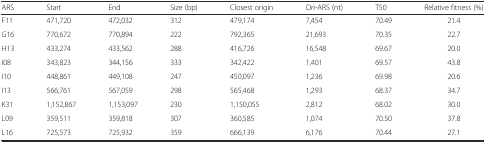
<table><thead><tr><td><b>ARS</b></td><td><b>Start</b></td><td><b>End</b></td><td><b>Size (bp)</b></td><td><b>Closest origin</b></td><td><b>Ori-ARS (nt)</b></td><td><b>T50</b></td><td><b>Relative fitness (%)</b></td></tr></thead><tbody><tr><td>F11</td><td>471,720</td><td>472,032</td><td>312</td><td>479,174</td><td>7,454</td><td>70.49</td><td>21.4</td></tr><tr><td>G16</td><td>770,672</td><td>770,894</td><td>222</td><td>792,365</td><td>21,693</td><td>70.35</td><td>22.7</td></tr><tr><td>H13</td><td>433,274</td><td>433,562</td><td>288</td><td>416,726</td><td>16,548</td><td>69.67</td><td>20.0</td></tr><tr><td>I08</td><td>343,823</td><td>344,156</td><td>333</td><td>342,422</td><td>1,401</td><td>69.57</td><td>43.8</td></tr><tr><td>I10</td><td>448,861</td><td>449,108</td><td>247</td><td>450,097</td><td>1,236</td><td>69.98</td><td>20.6</td></tr><tr><td>I13</td><td>566,761</td><td>567,059</td><td>298</td><td>565,468</td><td>1,293</td><td>68.37</td><td>34.7</td></tr><tr><td>K31</td><td>1,152,867</td><td>1,153,097</td><td>230</td><td>1,150,055</td><td>2,812</td><td>68.02</td><td>30.0</td></tr><tr><td>L09</td><td>359,511</td><td>359,818</td><td>307</td><td>360,585</td><td>1,074</td><td>70.50</td><td>37.8</td></tr><tr><td>L16</td><td>725,573</td><td>725,932</td><td>359</td><td>666,139</td><td>6,176</td><td>70.44</td><td>27.1</td></tr></tbody></table>